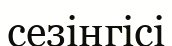
сезінгісі